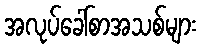
အလုပ်ခေါ်စာအသစ်များ